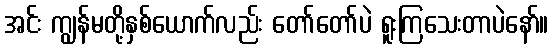
အင်း ကျွန်မတို့နှစ်ယောက်လည်း တော်တော်ပဲ ရူးကြသေးတာပဲနော်။